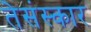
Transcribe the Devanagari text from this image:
तेसंस्कार